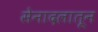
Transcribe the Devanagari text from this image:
सेनादलातून